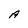
Character: A